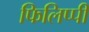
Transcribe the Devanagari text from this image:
फिलिप्पी